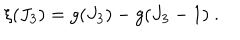
\xi ( J _ { 3 } ) = g ( J _ { 3 } ) - g ( J _ { 3 } - 1 ) ~ .